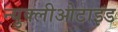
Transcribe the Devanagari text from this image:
न्युक्लीओटाइड